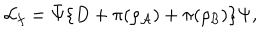
{ \cal L } _ { f } = { \bar { \Psi } } \{ D + \pi ( \rho _ { \cal A } ) + \pi ( \rho _ { \cal B } ) \} \Psi ,